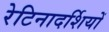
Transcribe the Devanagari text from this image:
रेटिनादर्शियों